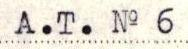
A.T. No 6